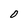
Character: 0